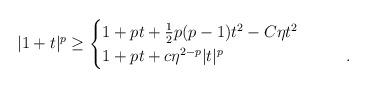
LaTeX: \begin{align*} |1+t|^p \ge \begin{cases}1+pt+\tfrac12 p(p-1)t^2 - C\eta t^2\qquad&\\ 1+pt+c \eta^{2-p} |t|^p &. \end{cases}\end{align*}